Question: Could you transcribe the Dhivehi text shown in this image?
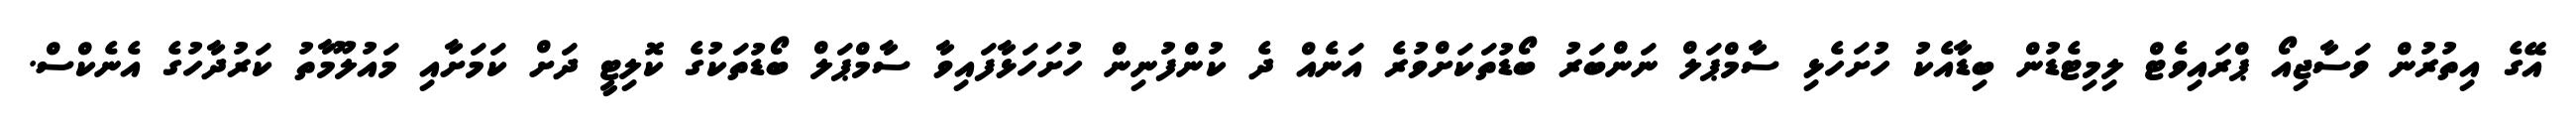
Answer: އޭގެ އިތުރުން ވަސާޖިއޯ ޕްރައިވެޓް ލިމިޓެޑުން ބިޑާއެކު ހުށަހެޅި ސާމްޕަލް ނަންބަރު ބޯޑުތަކަށްވުރެ އަނެއް ދެ ކުންފުނިން ހުށަހަޅާފައިވާ ސާމްޕަލް ބޯޑުތަކުގެ ކޮލިޓީ ދަށް ކަމަށާއި މައުލޫމާތު ކަރުދާހުގެ އެނެކްސް.